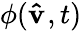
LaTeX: \phi(\mathbf{\hat{v}}_{},t)